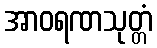
အာဝရဏသုတ္တံ